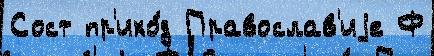
Сост пр'ихо́д Православ'иjе Ф